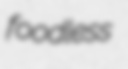
foodless